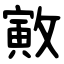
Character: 㪦